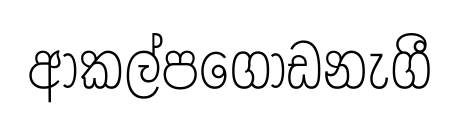
ආකල්පගොඩනැගී